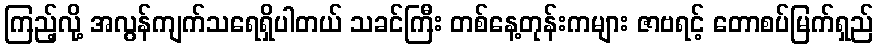
ကြည့်လို့ အလွန်ကျက်သရေရှိပါတယ် သခင်ကြီး တစ်နေ့တုန်းကများ ဇာဗရင့် တောစပ်မြက်ရှည်